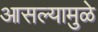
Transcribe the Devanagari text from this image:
आसल्‍यामुळे